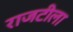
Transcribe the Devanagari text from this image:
राजटीला